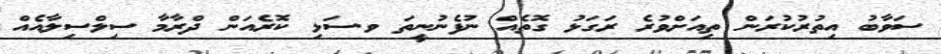
ސަވާބު އިތުރުކުރަން ތިއަށްވުރެ ރަގަޅު ގޮތެއް ނުފެނުނީތަ ވ.ސަޅި ކޮރެއަން ދްރާމާ ސިލްސިލާއެއް